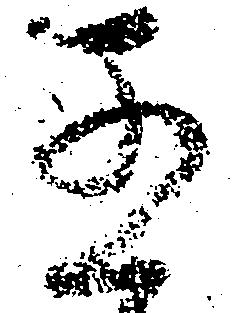
五